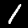
Label: 1